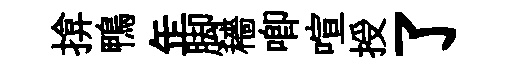
揜鴨𦈢脚穡唧喧授了